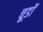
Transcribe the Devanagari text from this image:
चूडों